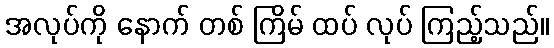
အလုပ်ကို နောက် တစ် ကြိမ် ထပ် လုပ် ကြည့်သည်။